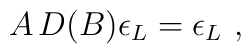
A\,D(B)\epsilon _{L}=\epsilon _{L}\ ,